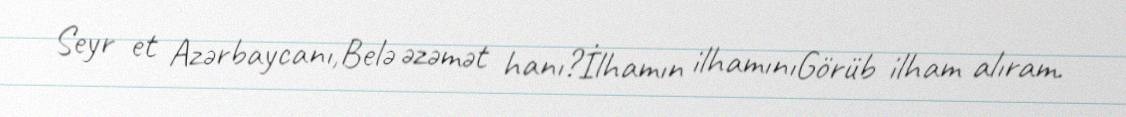
Seyr et Azərbaycanı,Belə əzəmət hanı?İlhamın ilhamınıGörüb ilham alıram.